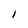
Character: 1